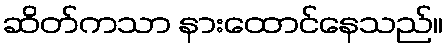
ဆိတ်ကသာ နားထောင်နေသည်။